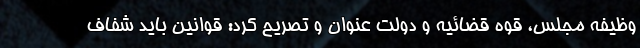
وظیفه مجلس، قوه قضائیه و دولت عنوان و تصریح کرد: قوانین باید شفاف